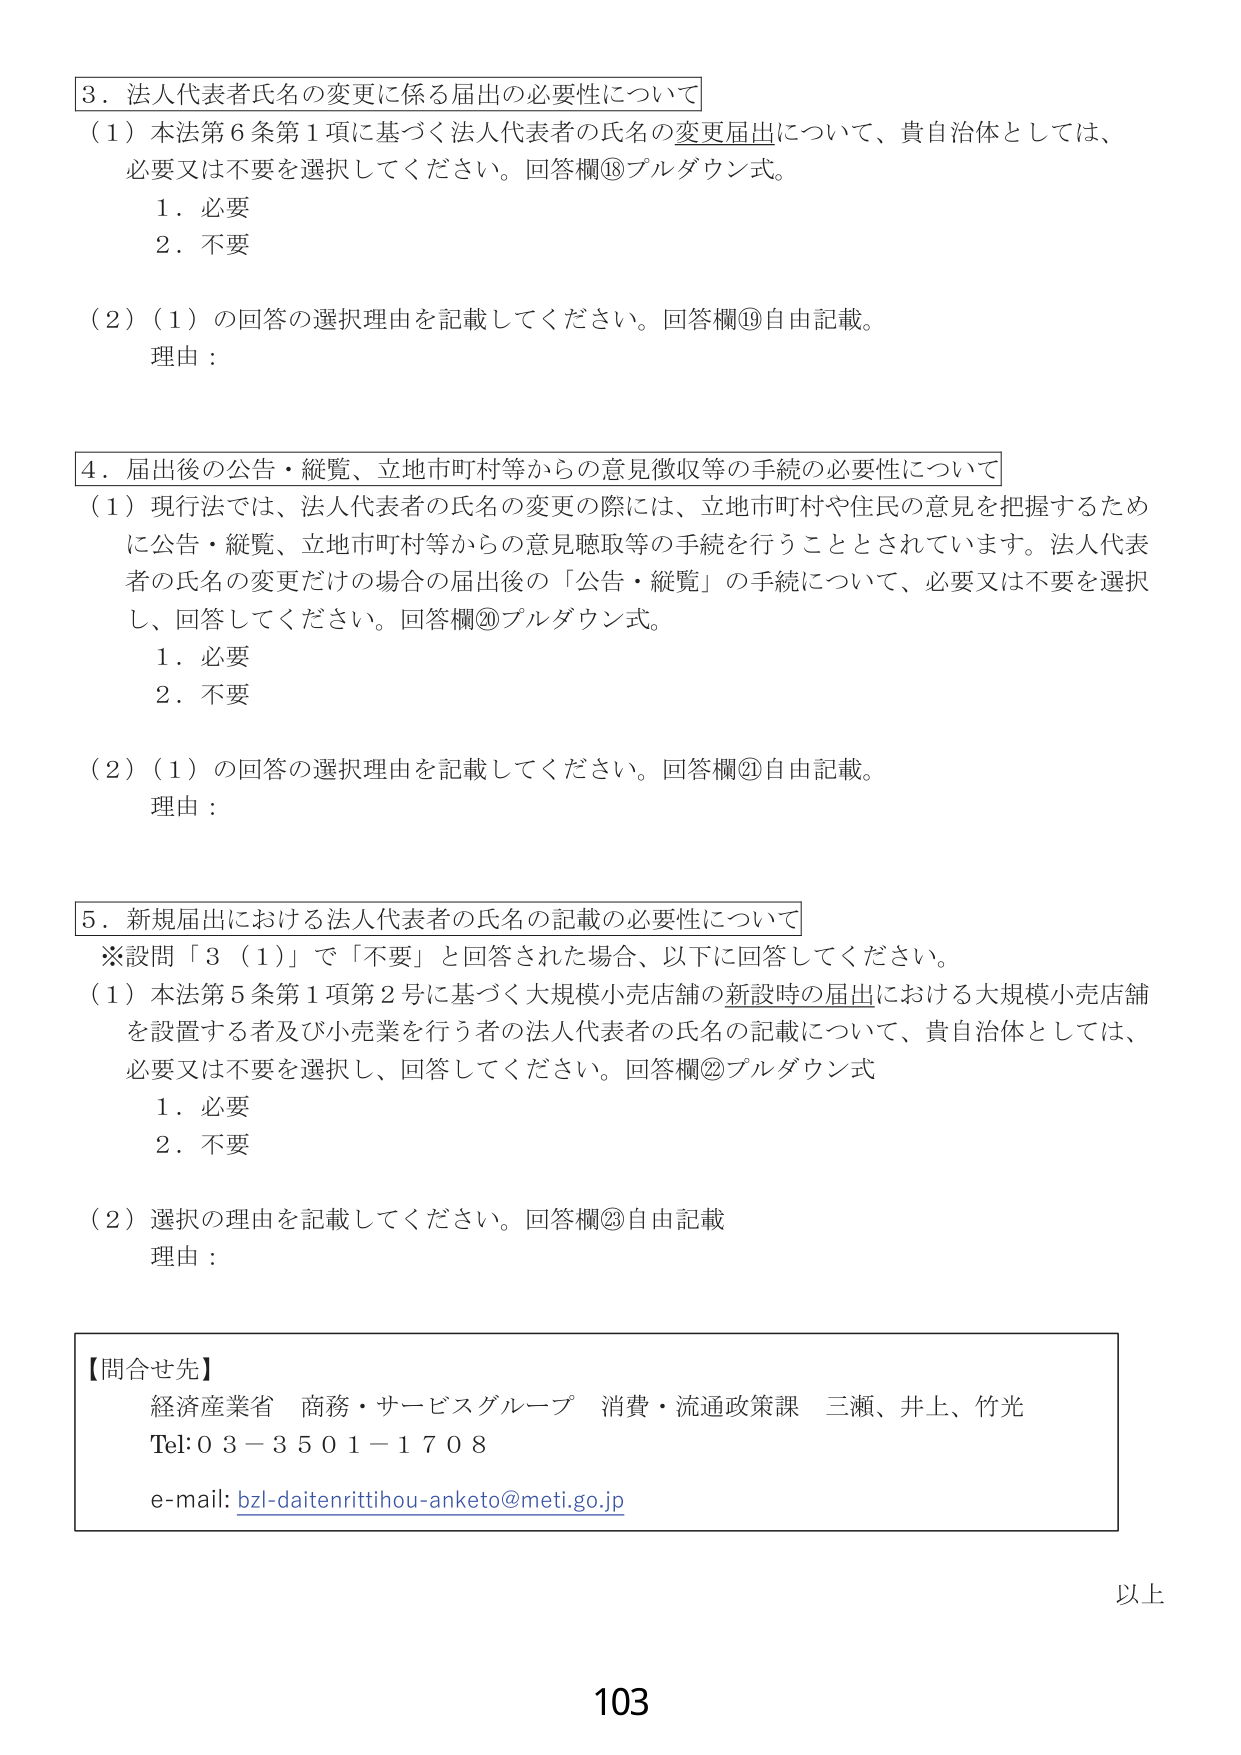
3．法人代表者氏名の変更に係る届出の必要性について
（1）本法第6条第1項に基づく法人代表者の氏名の変更届出について、貴自治体としては、
必要又は不要を選択してください。回答欄⑱プルダウン式。
　　1．必要
　　2．不要
（2）（1）の回答の選択理由を記載してください。回答欄⑲自由記載。
　　理由：

4．届出後の公告・縦覧、立地市町村等からの意見徴収等の手続の必要性について
（1）現行法では、法人代表者の氏名の変更の際には、立地市町村や住民の意見を把握するため
に公告・縦覧、立地市町村等からの意見聴取等の手続を行うこととされています。法人代表
者の氏名の変更だけの場合の届出後の「公告・縦覧」の手続について、必要又は不要を選択
し、回答してください。回答欄⑳プルダウン式。
　　1．必要
　　2．不要
（2）（1）の回答の選択理由を記載してください。回答欄㉑自由記載。
　　理由：

5．新規届出における法人代表者の氏名の記載の必要性について
※設問「3（1）」で「不要」と回答された場合、以下に回答してください。
（1）本法第5条第1項第2号に基づく大規模小売店舗の新設時の届出における大規模小売店舗
を設置する者及び小売業を行う者の法人代表者の氏名の記載について、貴自治体としては、
必要又は不要を選択し、回答してください。回答欄㉒プルダウン式
　　1．必要
　　2．不要
（2）選択の理由を記載してください。回答欄㉓自由記載
　　理由：

【問合せ先】
経済産業省 商務・サービスグループ 消費・流通政策課 三瀬、井上、竹光
Tel:03-3501-1708
e-mail: bzl-daitenrittihou-anketo@meti.go.jp

以上
103